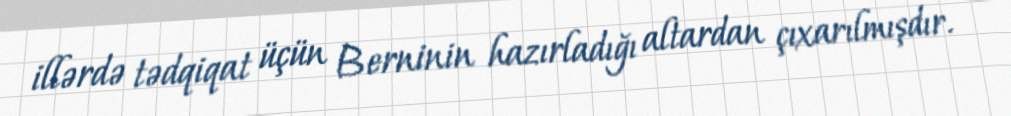
illərdə tədqiqat üçün Berninin hazırladığı altardan çıxarılmışdır.